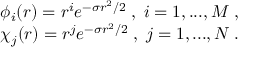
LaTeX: \begin{array} { l } { { \phi _ { i } ( r ) = r ^ { i } e ^ { - \sigma r ^ { 2 } / 2 } \; , \; i = 1 , . . . , M \; , } } \\ { { \chi _ { j } ( r ) = r ^ { j } e ^ { - \sigma r ^ { 2 } / 2 } \; , \; j = 1 , . . . , N \; . } } \end{array}